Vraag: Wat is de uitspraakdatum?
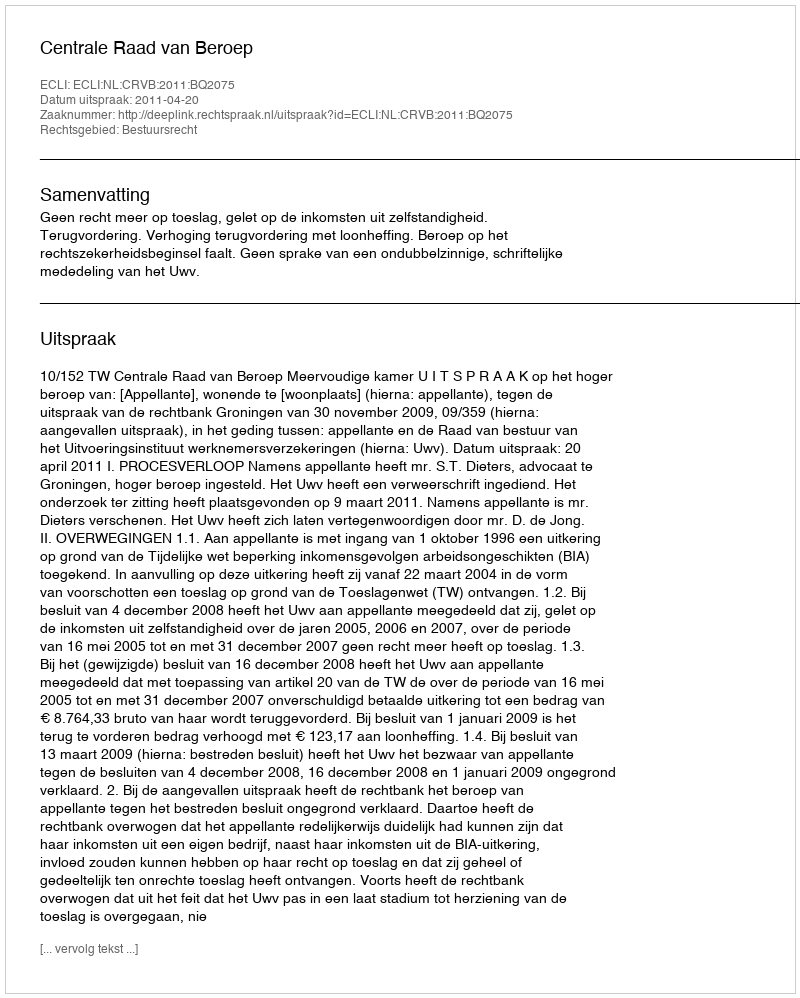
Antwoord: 2011-04-20